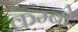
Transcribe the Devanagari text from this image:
कम्बो